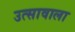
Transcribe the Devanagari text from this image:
उत्सावाला